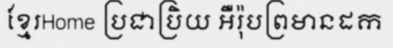
ខ្មែរHome ប្រជាប្រិយ អឺរ៉ុបព្រមានដក